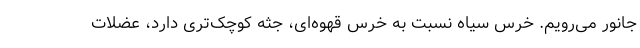
جانور می‌رویم. خرس سیاه نسبت به خرس قهوه‌ای، جثه کوچک‌تری دارد، عضلات